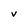
Character: v